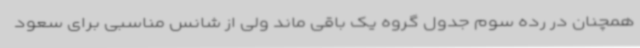
همچنان در رده سوم جدول گروه یک باقی ماند ولی از شانس مناسبی برای سعود